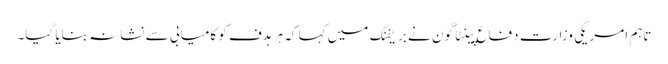
تاہم امریکی وزارت دفاع پینٹاگون نے بریفنگ میں کہا کہ ہر ہدف کو کامیابی سے نشانہ بنایا گیا۔